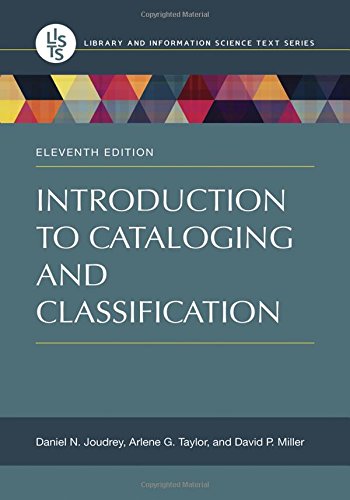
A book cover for Introduction to Cataloging and Classification (Library and Information Science Text); Arlene G. Taylor; Politics & Social Sciences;